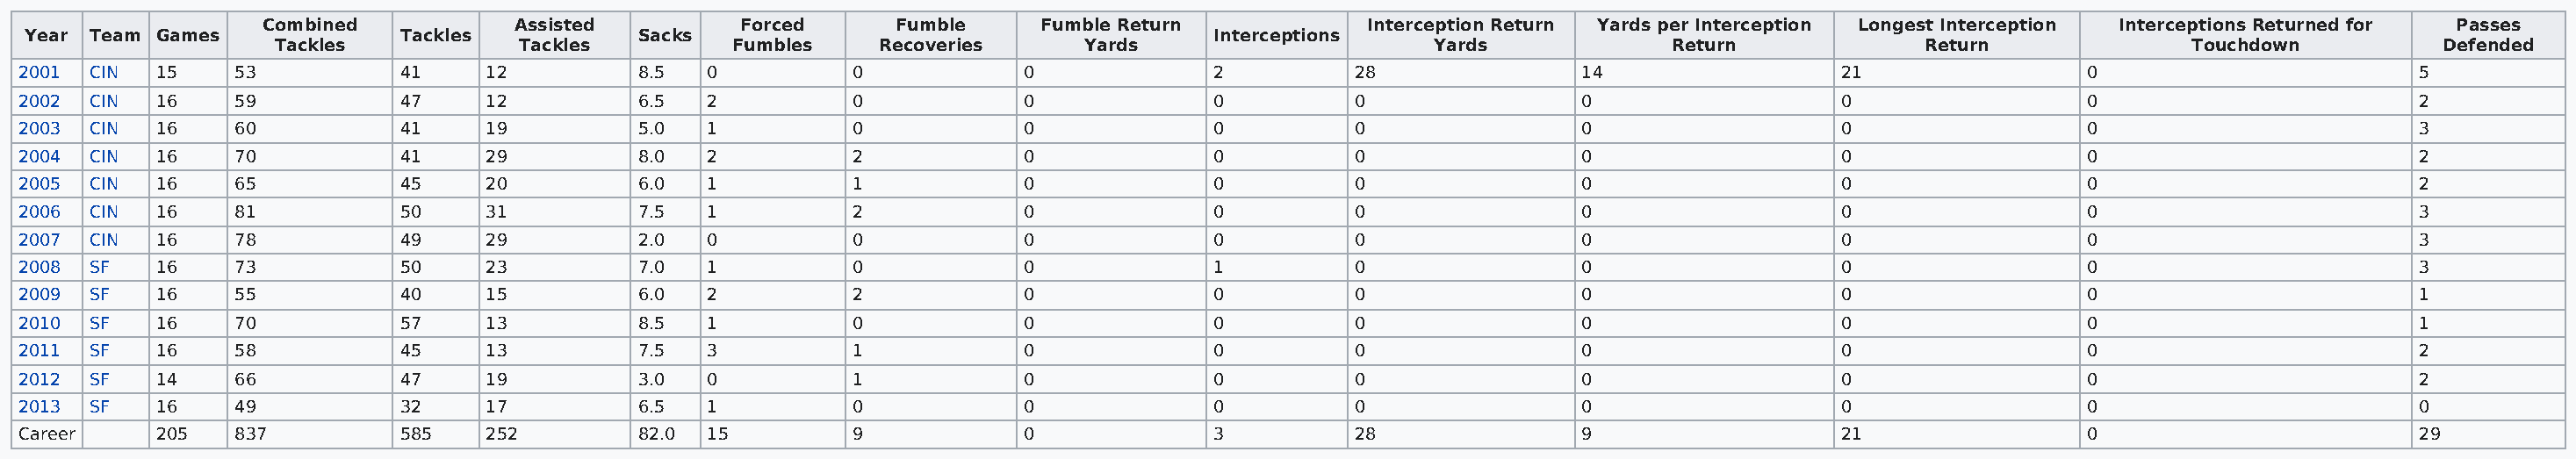
Combined           Assisted         Forced      Fumble    Fumble Return            Interception Return Yards per Interception Longest Interception Interceptions Returned for Passes
 Year Team Games             Tackles           Sacks                                      Interceptions
 Tackles           Tackles         Fumbles    Recoveries      Yards                     Yards             Return             Return              Touchdown          Defended
 2001  CIN  15    53          41     12         8.5  0          0            0             2          28               14                  21                0                        5
 2002  CIN  16    59          47     12         6.5  2          0            0             0          0                0                   0                 0                        2
 2003  CIN  16    60          41     19         5.0  1          0            0             0          0                0                   0                 0                        3
 2004  CIN  16    70          41     29         8.0  2          2            0             0          0                0                   0                 0                        2
 2005  CIN  16    65          45     20         6.0  1          1            0             0          0                0                   0                 0                        2
 2006  CIN  16    81          50     31         7.5  1          2            0             0          0                0                   0                 0                        3
 2007  CIN  16    78          49     29         2.0  0          0            0             0          0                0                   0                 0                        3
 2008  SF   16    73          50     23         7.0  1          0            0             1          0                0                   0                 0                        3
 2009  SF   16    55          40     15         6.0  2          2            0             0          0                0                   0                 0                        1
 2010  SF   16    70          57     13         8.5  1          0            0             0          0                0                   0                 0                        1
 2011  SF   16    58          45     13         7.5  3          1            0             0          0                0                   0                 0                        2
 2012  SF   14    66          47     19         3.0  0          1            0             0          0                0                   0                 0                        2
 2013  SF   16    49          32     17         6.5  1          0            0             0          0                0                   0                 0                        0
 Career     205   837         585    252        82.0 15         9            0             3          28               9                   21                0                        29